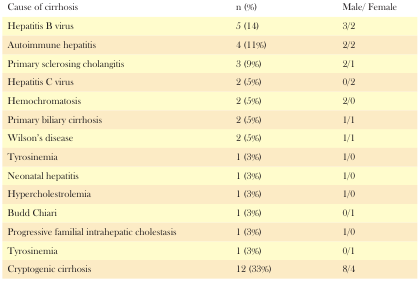
<table><thead><tr><td><b>Cause of cirrhosis</b></td><td><b>n (%)</b></td><td><b>Male/ Female</b></td></tr></thead><tbody><tr><td>Hepatitis B virus</td><td>5 (14)</td><td>3/2</td></tr><tr><td>Autoimmune hepatitis</td><td>4 (11%)</td><td>2/2</td></tr><tr><td>Primary sclerosing cholangitis</td><td>3 (9%)</td><td>2/1</td></tr><tr><td>Hepatitis C virus</td><td>2 (5%)</td><td>0/2</td></tr><tr><td>Hemochromatosis</td><td>2 (5%)</td><td>2/0</td></tr><tr><td>Primary biliary cirrhosis</td><td>2 (5%)</td><td>1/1</td></tr><tr><td>Wilson’s disease</td><td>2 (5%)</td><td>1/1</td></tr><tr><td>Tyrosinemia</td><td>1 (3%)</td><td>1/0</td></tr><tr><td>Neonatal hepatitis</td><td>1 (3%)</td><td>1/0</td></tr><tr><td>Hypercholestrolemia</td><td>1 (3%)</td><td>1/0</td></tr><tr><td>Budd Chiari</td><td>1 (3%)</td><td>0/1</td></tr><tr><td>Progressive familial intrahepatic cholestasis</td><td>1 (3%)</td><td>1/0</td></tr><tr><td>Tyrosinemia</td><td>1 (3%)</td><td>0/1</td></tr><tr><td>Cryptogenic cirrhosis</td><td>12 (33%)</td><td>8/4</td></tr></tbody></table>